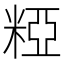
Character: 𥺼